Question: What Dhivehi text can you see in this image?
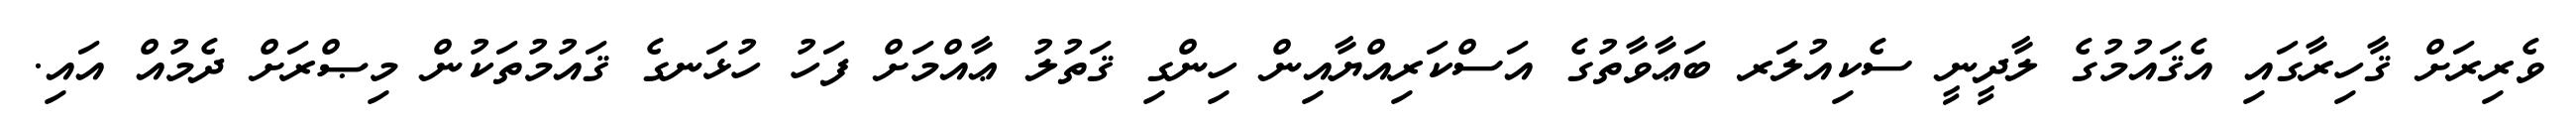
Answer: ވެރިރަށް ޤާހިރާގައި އެޤައުމުގެ ލާދީނީ ސެކިއުލަރ ބަޢާވާތުގެ އަސްކަރިއްޔާއިން ހިންގި ޤަތުލު ޢާއްމަށް ފަހު ހުޅަނގެ ޤައުމުތަކުން މިޞްރަށް ދެމުއް އައި.